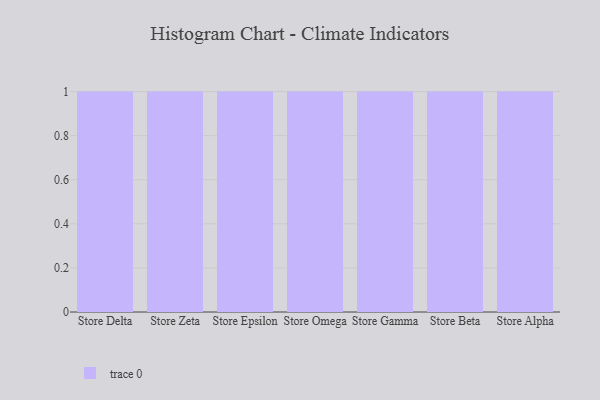
{"axis": {"x": "Store", "y": "LTV (USD)"}, "legend": [""], "data": [{"x": "Store Delta", "y": 22, "type": ""}, {"x": "Store Zeta", "y": 61, "type": ""}, {"x": "Store Epsilon", "y": 31, "type": ""}, {"x": "Store Omega", "y": 59, "type": ""}, {"x": "Store Gamma", "y": 48, "type": ""}, {"x": "Store Beta", "y": 75, "type": ""}, {"x": "Store Alpha", "y": 99, "type": ""}]}